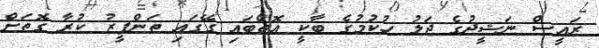
ރައީސް ނަޝީދުގެ ޖަލު ހުކުމުގެ ބާކީ އޮތްބައި ގޭގައި ތަންފީޒު ކުރާ ގޮތަށް